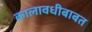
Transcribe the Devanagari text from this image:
कालावधीबाबत